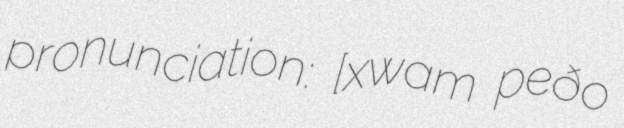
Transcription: pronunciation: [ˈxwam ˈpeðɾo